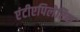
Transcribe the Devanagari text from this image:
एंटीएपिलेप्टिक